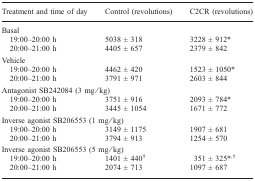
<table><thead><tr><td><b>Treatment and time of day</b></td><td><b>Control (revolutions)</b></td><td><b>C2CR (revolutions)</b></td></tr></thead><tbody><tr><td colspan="3">Basal</td></tr><tr><td>19:00–20:00 h</td><td>5038 ± 318</td><td>3228 ± 912*</td></tr><tr><td>20:00–21:00 h</td><td>4405 ± 657</td><td>2379 ± 842</td></tr><tr><td colspan="3">Vehicle</td></tr><tr><td>19:00–20:00 h</td><td>4462 ± 420</td><td>1523 ± 1050*</td></tr><tr><td>20:00–21:00 h</td><td>3791 ± 971</td><td>2603 ± 844</td></tr><tr><td colspan="3">Antagonist SB242084 (3 mg/kg)</td></tr><tr><td>19:00–20:00 h</td><td>3751 ± 916</td><td>2093 ± 784*</td></tr><tr><td>20:00–21:00 h</td><td>3445 ± 1054</td><td>1671 ± 772</td></tr><tr><td colspan="3">Inverse agonist SB206553 (1 mg/kg)</td></tr><tr><td>19:00–20:00 h</td><td>3149 ± 1175</td><td>1907 ± 681</td></tr><tr><td>20:00–21:00 h</td><td>3794 ± 913</td><td>1254 ± 570</td></tr><tr><td colspan="3">Inverse agonist SB206553 (5 mg/kg)</td></tr><tr><td>19:00–20:00 h</td><td>1401 ± 440<sup>†</sup></td><td>351 ± 325*<sup>,†</sup></td></tr><tr><td>20:00–21:00 h</td><td>2074 ± 713</td><td>1097 ± 687</td></tr></tbody></table>